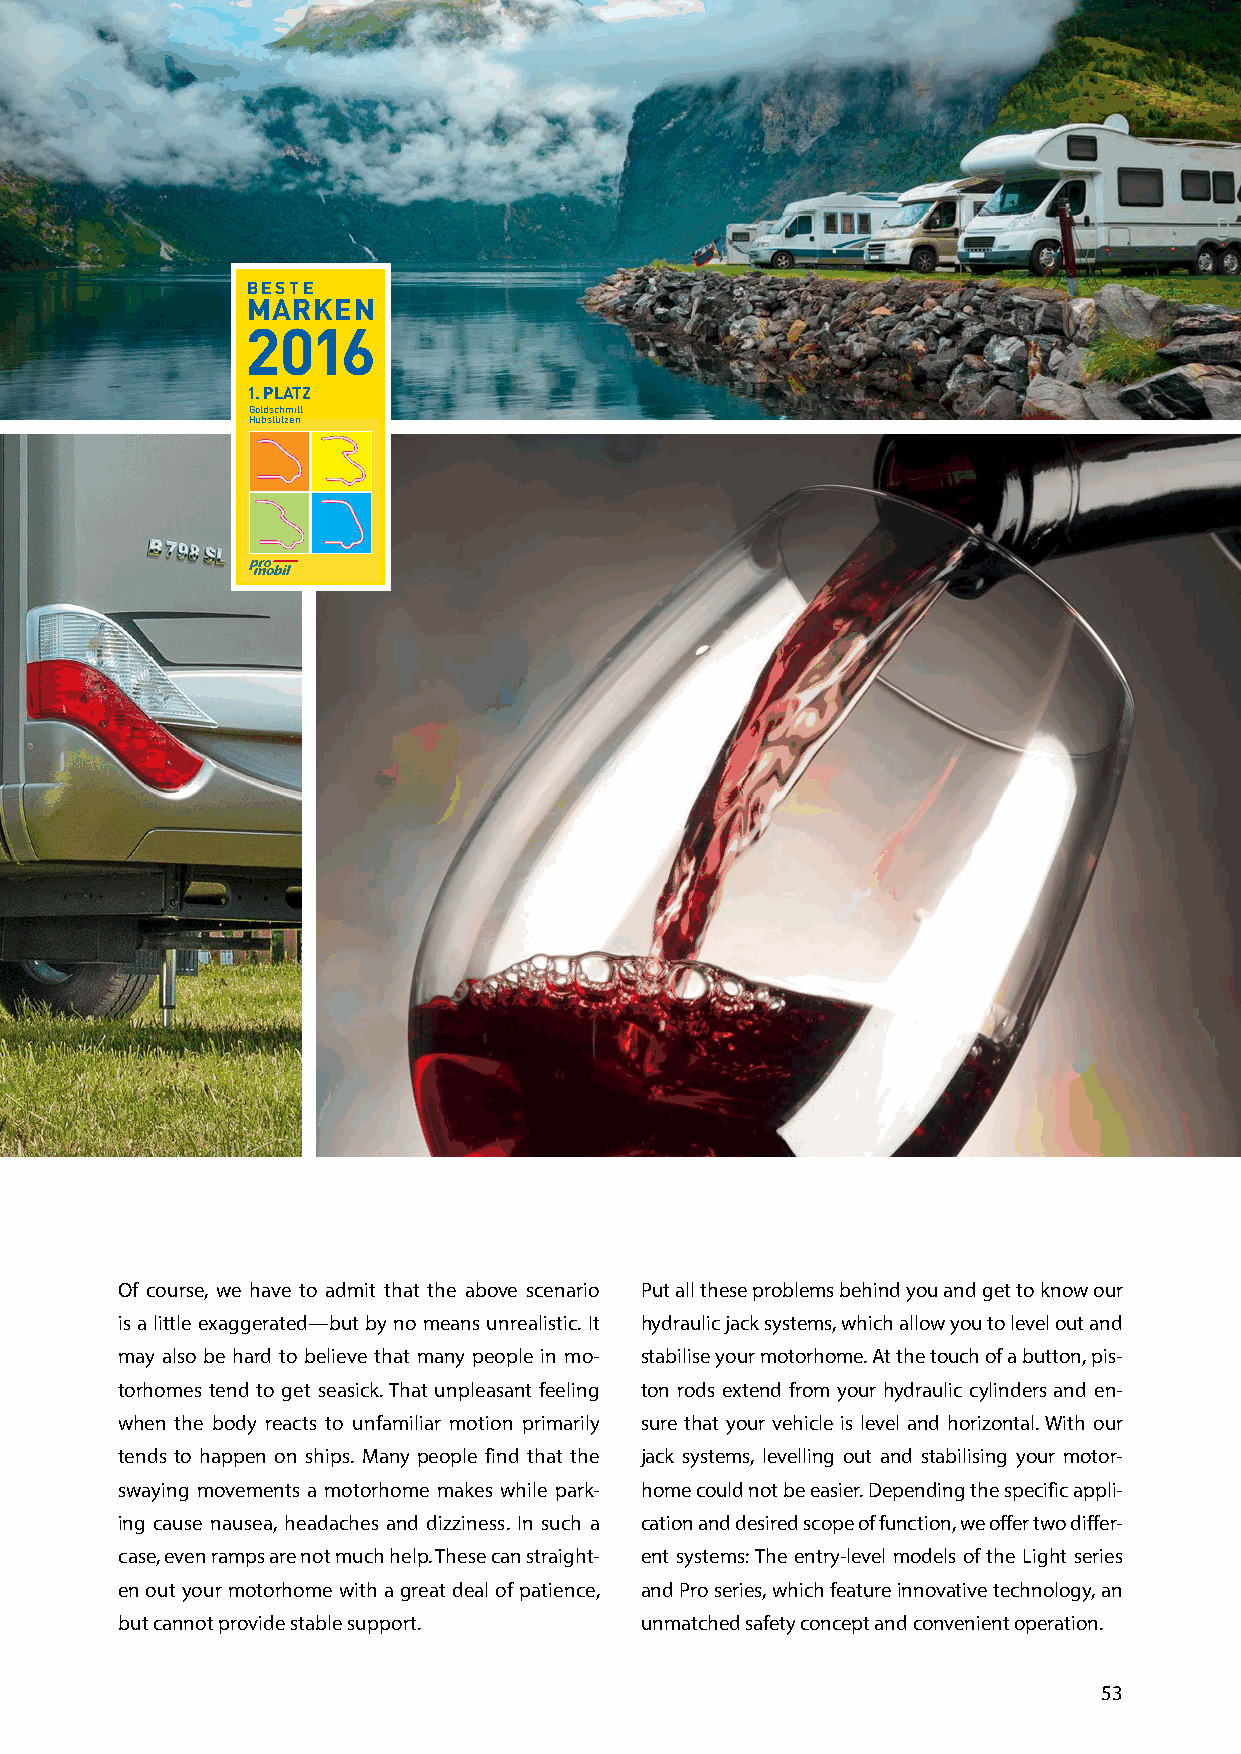
BESTE
 MARKEN
 2016
 1. PLATZ
 Goldschmitt
 Hubstützen
 Of course, we have to admit that the above scenario Put all these problems behind you and get to know our
 is a little exaggerated—but by no means unrealistic. It hydraulic jack systems, which allow you to level out and
 may also be hard to believe that many people in mo- stabilise your motorhome. At the touch of a button, pis-
 torhomes tend to get seasick. That unpleasant feeling ton rods extend from your hydraulic cylinders and en-
 when the body reacts to unfamiliar motion primarily sure that your vehicle is level and horizontal. With our
 tends to happen on ships. Many people find that the jack systems, levelling out and stabilising your motor-
 swaying movements a motorhome makes while park- home could not be easier. Depending the specific appli-
 ing cause nausea, headaches and dizziness. In such a cation and desired scope of function, we offer two differ-
 case, even ramps are not much help. These can straight- ent systems: The entry-level models of the Light series
 en out your motorhome with a great deal of patience, and Pro series, which feature innovative technology, an
 but cannot provide stable support. unmatched safety concept and convenient operation.
 53